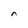
Character: n